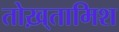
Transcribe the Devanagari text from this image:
तोख़्तामिश